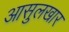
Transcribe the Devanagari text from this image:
आसुलखार